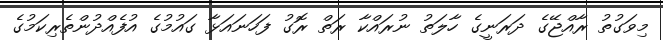
މިވަގުތު ރާއްޖޭގެ ދަރަނީގެ ހާލަތު ނުރައްކާ ރަތް ރޮގު ފަހަނައަޅާ ގައުމުގެ އުފެއްދުންތެރިކަމުގެ